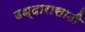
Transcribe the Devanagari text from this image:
उध्दारासाठी